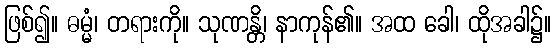
ဖြစ်၍။ ဓမ္မံ၊ တရားကို။ သုဏန္တိ၊ နာကုန်၏။ အထ ခေါ၊ ထိုအခါ၌။